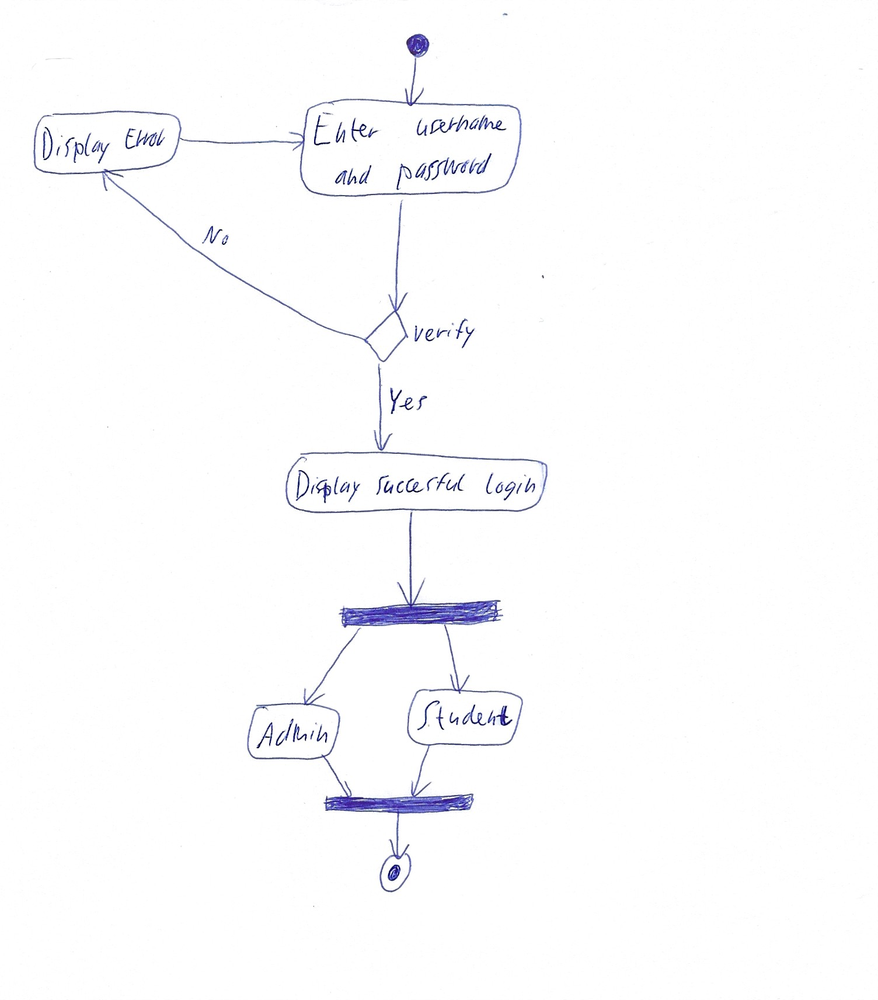
Diagram type: activity_diagram
```plantuml
@startuml

start

repeat:Enter username and password;

backward:Display Error;
repeat while (verify) is (Yes) not (No)

:Display successful login;

fork
  :Admin;
fork again
  :Student;
end fork

stop

@enduml
```